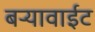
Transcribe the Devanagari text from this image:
बऱ्यावाईट